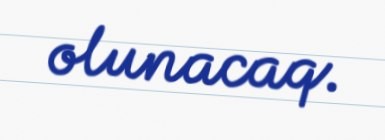
olunacaq.